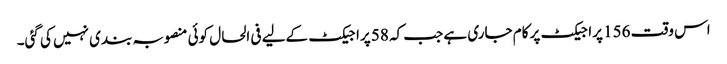
اس وقت 156 پراجیکٹ پر کام جاری ہے جب کہ 58 پراجیکٹ کےلیے فی الحال کوئی منصوبہ بندی نہیں کی گئی۔